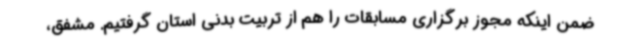
ضمن اینکه مجوز برگزاری مسابقات را هم از تربیت بدنی استان گرفتیم. مشفق،